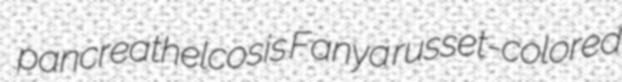
pancreathelcosis Fanya russet-colored